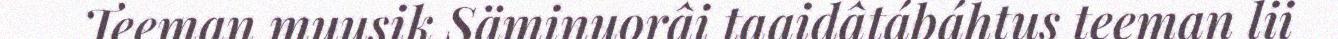
Teeman muusik Säminuorâi taaidâtábáhtus teeman lii